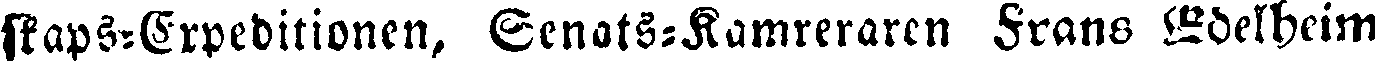
skaps-Expeditionen, Senats-Kamreraren Frans Edelheim